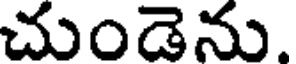
చుండెను.